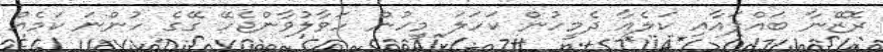
ރޮޒޭނާ ބައްޕައާއި ކަލެއާ ދެމީހުން ކަހަލަ މީހުން ހަވާލުވާންޖެހޭ ގޭގެ ހުންނަ ކަމެއް